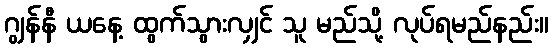
ဂျွန်နီ ယနေ့ ထွက်သွားလျှင် သူ မည်သို့ လုပ်ရမည်နည်း။